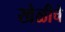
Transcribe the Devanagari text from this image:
खेळीचे